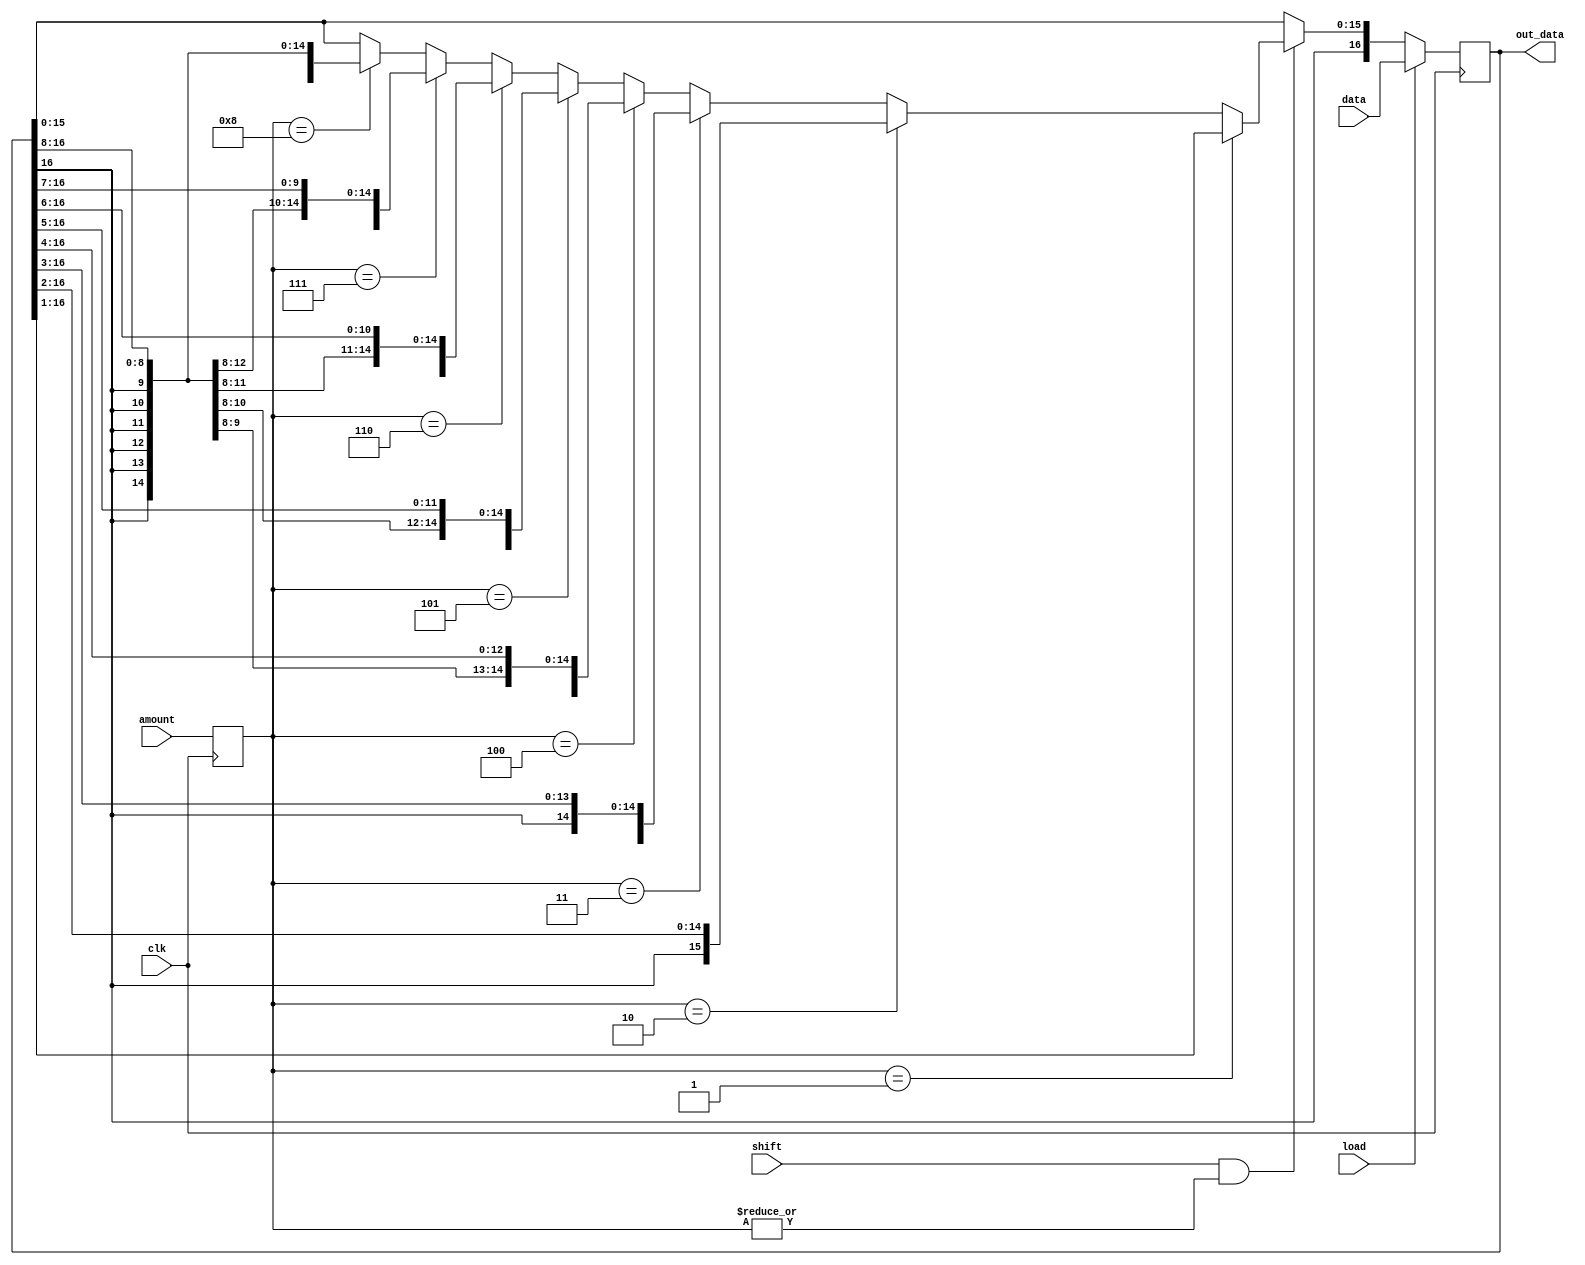
`timescale 1ns / 1ps


// 17 bit register with capability of multiple shift in one clock
module shift_register(
    clk,
    data,
    load,
    shift,
    amount,
    out_data
    );
    
    // Terminal Deceleration
    // clk : the universal clock 
    // load : load command
    // shift: shift command (the load is prior to shift)
    // reset: asynchronous reset for register
    input clk, load, shift;
    // data : the input data for load command
    input [16:0] data;
    // amount : the amount of shift for variable shift
    input [4:0] amount;
    // out_data : the output data of the register (assigned memory register)
    output [16:0] out_data;
    
    // Base register that we use for keeping data
    reg [16:0] memory=0;
    reg [4:0] amountkeeper;

    // keep amount at last clock
    always @ (negedge clk) amountkeeper <= amount;
    // sending the register value to the output
    assign out_data = memory;
        
    always @ (posedge clk) begin
        if (load) begin // if load commmand requested
            memory <= data;
        end else if (shift && (|amountkeeper)) begin  // else if shift command was requested
                if (amountkeeper == 1) memory <= {memory[16],memory[16:1]};
                else if (amountkeeper == 2) memory <= {memory[16],memory[16],memory[16:2]};
                else if (amountkeeper == 3) memory <= {memory[16],memory[16],memory[16],memory[16:3]};            
                else if (amountkeeper == 4) memory <= {memory[16],memory[16],memory[16],memory[16],memory[16:4]};            
                else if (amountkeeper == 5) memory <= {memory[16],memory[16],memory[16],memory[16],memory[16],memory[16:5]};            
                else if (amountkeeper == 6) memory <= {memory[16],memory[16],memory[16],memory[16],memory[16],memory[16],memory[16:6]};            
                else if (amountkeeper == 7) memory <= {memory[16],memory[16],memory[16],memory[16],memory[16],memory[16],memory[16],memory[16:7]};            
                else if (amountkeeper == 8) memory <= {memory[16],memory[16],memory[16],memory[16],memory[16],memory[16],memory[16],memory[16],memory[16:8]};            
        end
    end
    
endmodule